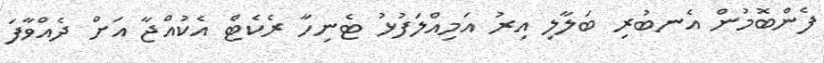
ފެންބޮމުން އެނބުރި ބަލާލި އިރު އަމިއްލަފުޅު ޓެނިހާ ރެކެޓް އެކުއްޖާ އަށް ދެއްވާފަ